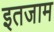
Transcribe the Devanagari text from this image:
इतजाम